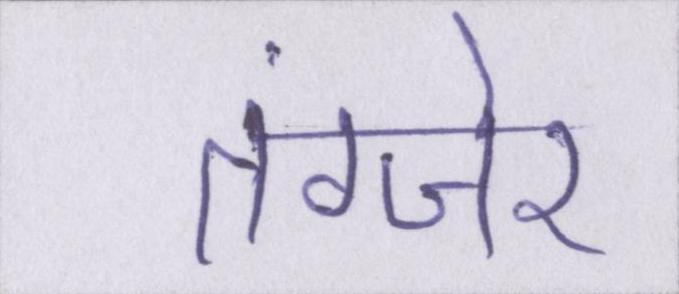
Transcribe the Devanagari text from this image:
तंग्जेर